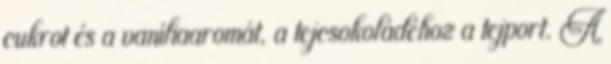
cukrot és a vaníliaaromát, a tejcsokoládéhoz a tejport. A